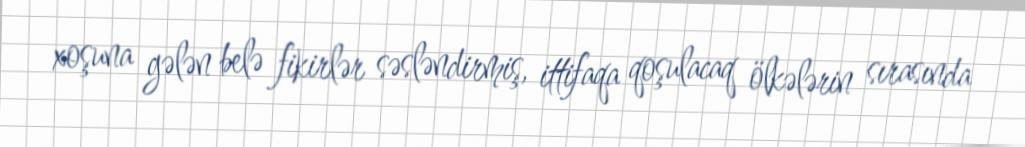
xoşuna gələn belə fikirlər səsləndirmiş, ittifaqa qoşulacaq ölkələrin sırasında